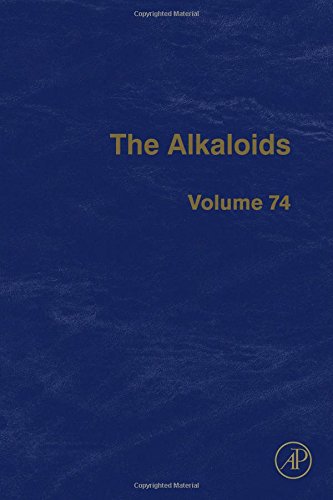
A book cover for The Alkaloids, Volume 74; Science & Math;